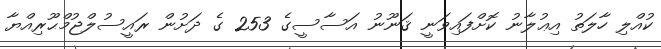
ކުއްލި ހާލަތު އިޢުލާނު ކޮށްފައިވަނީ ޤަނޫނު އަސާސީގެ 253 ގެ ދަށުން ރައީސުލްޖުމްޙޫރިއްޔާ